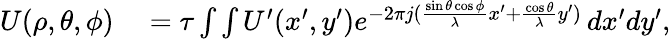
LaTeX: \begin{array}{rl}{U(\rho,\theta,\phi)}&{{}=\tau\int\int U^{\prime}(x^{\prime},y^{\prime})e^{-2\pi j(\frac{\sin{\theta}\cos{\phi}}{\lambda}x^{\prime}+\frac{\cos{\theta}}{\lambda}y^{\prime})}\, dx^{\prime}dy^{\prime},}\end{array}